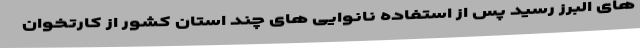
های البرز رسید پس از استفاده نانوایی های چند استان کشور از کارتخوان